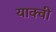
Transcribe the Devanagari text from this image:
याक्वी